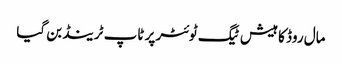
مال روڈ کا ہیش ٹیگ ٹوئٹر پر ٹاپ ٹرینڈ بن گیا